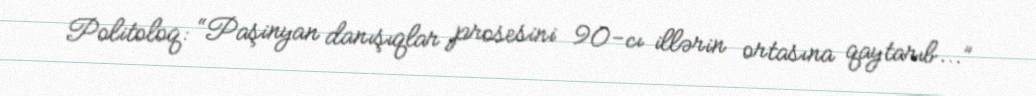
Politoloq: “Paşinyan danışıqlar prosesini 90-cı illərin ortasına qaytarıb...”